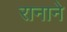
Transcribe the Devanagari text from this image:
रानाने